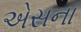
એસના